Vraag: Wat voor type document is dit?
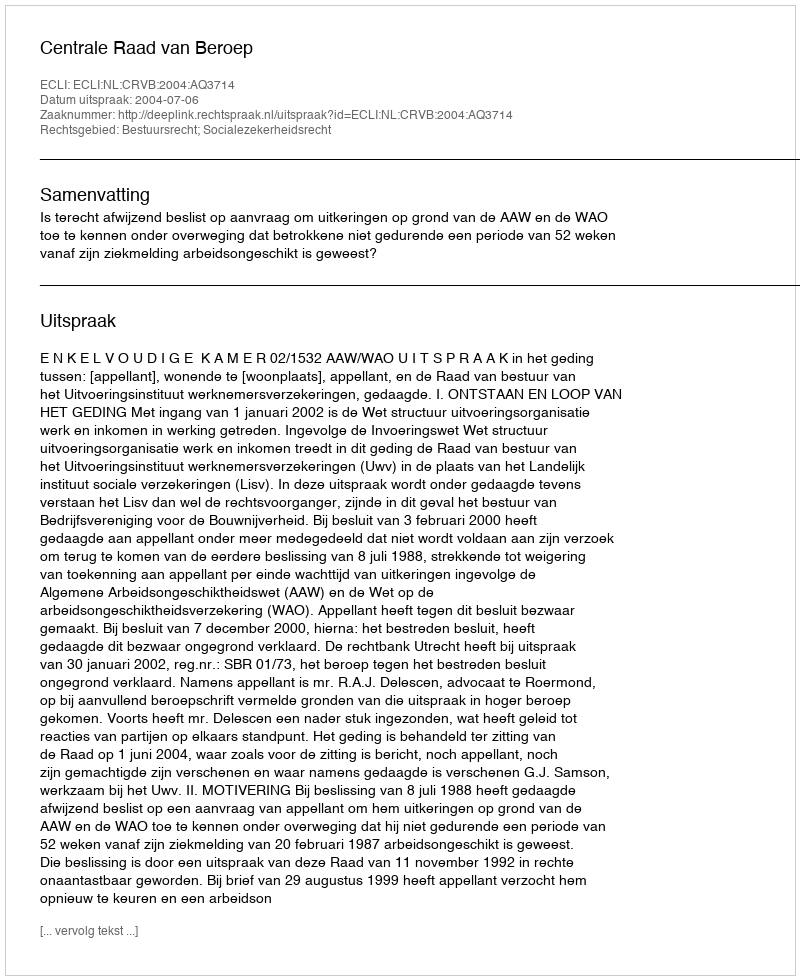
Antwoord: Uitspraak